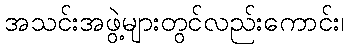
အသင်းအဖွဲ့များတွင်လည်းကောင်း၊